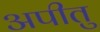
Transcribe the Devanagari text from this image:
अपीतु